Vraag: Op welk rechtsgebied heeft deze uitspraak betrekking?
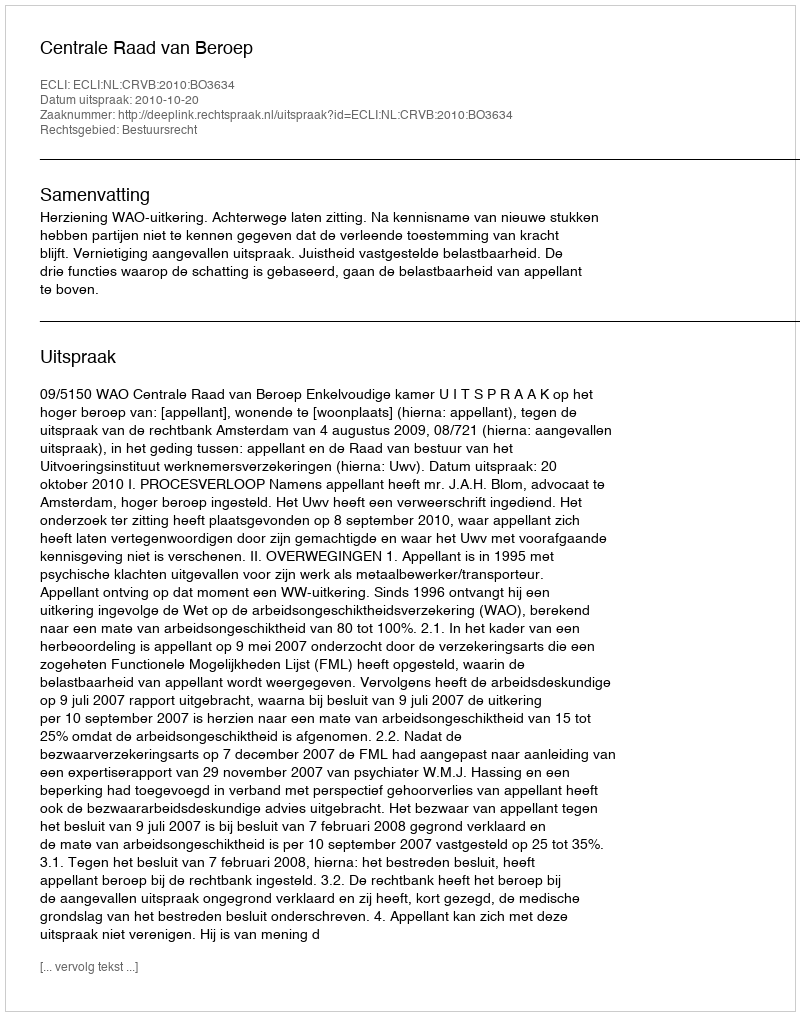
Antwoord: Bestuursrecht